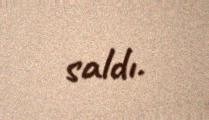
saldı.